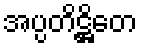
အပ္ပတိဋ္ဌိတေ